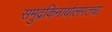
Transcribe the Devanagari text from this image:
समुद्रकिनार्यालगतचा